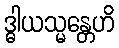
ဒ္ဓါယသ္မန္တေဟိ